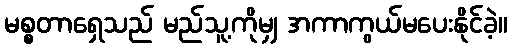
မစ္စတာရှေသည် မည်သူ့ကိုမျှ အကာကွယ်မပေးနိုင်ခဲ့။